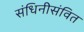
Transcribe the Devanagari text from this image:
संधिनीसंवित